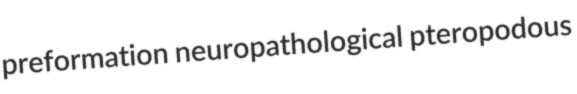
preformation neuropathological pteropodous